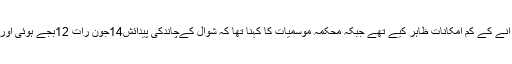
اس سے قبل ریسرچ ہلال کونسل نے چاند نظر آنے کے کم امکانات ظاہر کیے تھے جبکہ محکمہ موسمیات کا کہنا تھا کہ شوال کےچاندکی پیدائش14جون رات 12بجے ہوئی اور شام تک اس کی عمر 19گھنٹے 3منٹ ہوگی۔